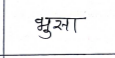
मजकूर: भुसा